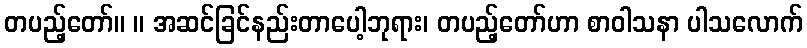
တပည့်တော်။ ။ အဆင်ခြင်နည်းတာပေါ့ဘုရား၊ တပည့်တော်ဟာ စာဝါသနာ ပါသလောက်